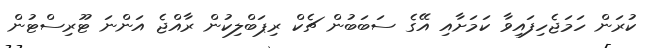
ކުރަން ހަމަޖެހިފައިވާ ކަމަށާއި އޭގެ ސަބަބުން ޗެކް ރިޕަބްލިކުން ރާއްޖެ އަންނަ ޓޫރިސްޓުން